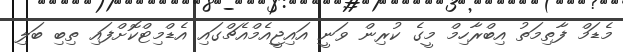
މެޑަމް ފާތިމަތު އިބްރާހިމް މީގެ ކުރިން ވަނީ އައިޖީއެމްއެޗްގައި އެޑްމިޓްކޮށްފައި ތިބި ބަލި